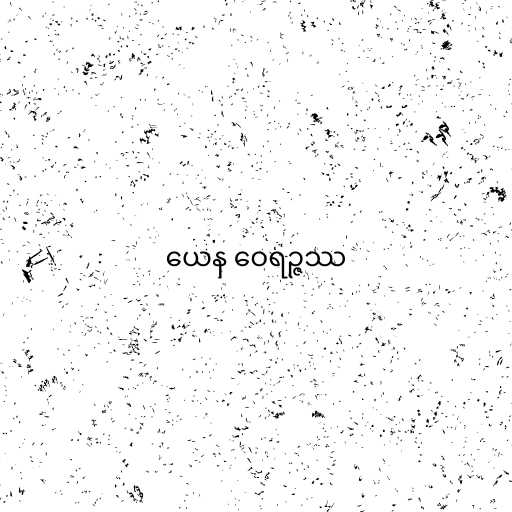
ယေန ဝေရဉ္ဇဿ